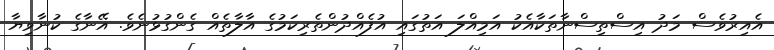
އެއިރުވެސް މަދު އިސްތިސްނާތަކާއެކު އަމިއްލަ އަތުގައި އުފެއްދުންތެރިކަމުގެ އާލާތެއް ގެންގުޅުނެވެ. އޭނާގެ ކުނާވިޔާ